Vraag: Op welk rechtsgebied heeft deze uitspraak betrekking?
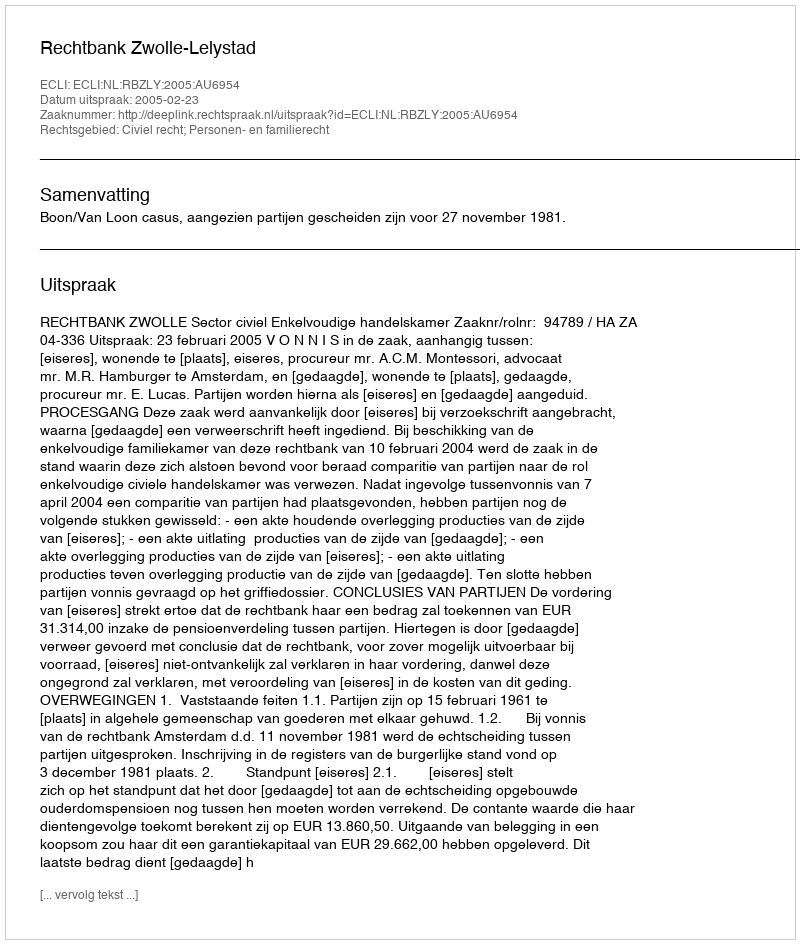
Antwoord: Civiel recht; Personen- en familierecht